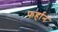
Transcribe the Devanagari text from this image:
फर्हान